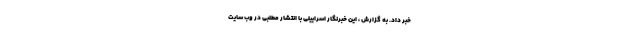
خبر داد. به گزارش ، این خبرنگار اسراییلی با انتشار مطلبی در وب سایت